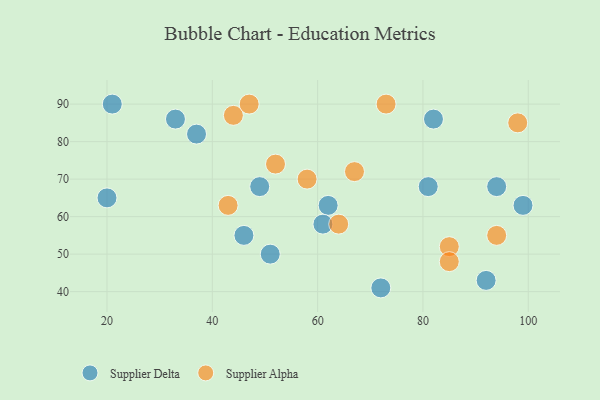
{"axis": {"x": "GDP", "y": "Life Expectancy"}, "legend": ["Supplier Alpha", "Supplier Delta"], "data": [{"x": "20", "y": 65, "type": "Supplier Delta"}, {"x": "94", "y": 68, "type": "Supplier Delta"}, {"x": "82", "y": 86, "type": "Supplier Delta"}, {"x": "46", "y": 55, "type": "Supplier Delta"}, {"x": "21", "y": 90, "type": "Supplier Delta"}, {"x": "72", "y": 41, "type": "Supplier Delta"}, {"x": "51", "y": 50, "type": "Supplier Delta"}, {"x": "62", "y": 63, "type": "Supplier Delta"}, {"x": "33", "y": 86, "type": "Supplier Delta"}, {"x": "81", "y": 68, "type": "Supplier Delta"}, {"x": "37", "y": 82, "type": "Supplier Delta"}, {"x": "99", "y": 63, "type": "Supplier Delta"}, {"x": "92", "y": 43, "type": "Supplier Delta"}, {"x": "49", "y": 68, "type": "Supplier Delta"}, {"x": "61", "y": 58, "type": "Supplier Delta"}, {"x": "52", "y": 74, "type": "Supplier Alpha"}, {"x": "58", "y": 70, "type": "Supplier Alpha"}, {"x": "98", "y": 85, "type": "Supplier Alpha"}, {"x": "85", "y": 52, "type": "Supplier Alpha"}, {"x": "43", "y": 63, "type": "Supplier Alpha"}, {"x": "44", "y": 87, "type": "Supplier Alpha"}, {"x": "64", "y": 58, "type": "Supplier Alpha"}, {"x": "85", "y": 48, "type": "Supplier Alpha"}, {"x": "73", "y": 90, "type": "Supplier Alpha"}, {"x": "94", "y": 55, "type": "Supplier Alpha"}, {"x": "67", "y": 72, "type": "Supplier Alpha"}, {"x": "47", "y": 90, "type": "Supplier Alpha"}]}